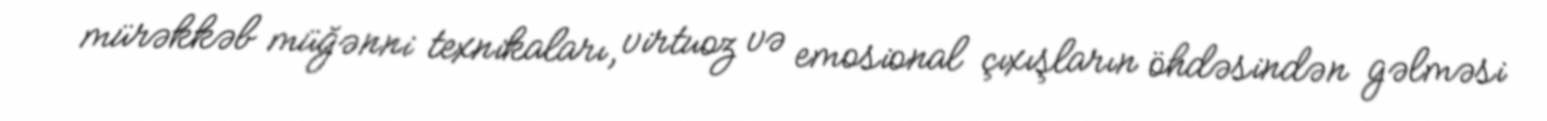
mürəkkəb müğənni texnikaları, virtuoz və emosional çıxışların öhdəsindən gəlməsi